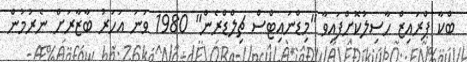
ބްކާ ޕްރައިޒް ހާސިލުކޮށްފައިވާ "މިޑްނައިޓްސް ޗިލްޑްރެން" 1980 ވަނަ އަހަރު ބާޒާރަށް ނެރުމުން